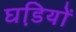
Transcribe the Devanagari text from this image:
घडि़यों